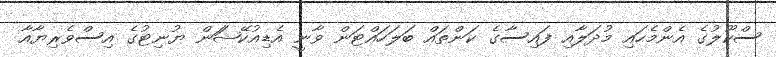
ސްކޫލުގެ އެންމެހައި މުދަލާއި ފައިސާގެ ކަންތައް ބަލަހައްޓަން ވާނީ އެޑިއުކޭޝަަން ޔުނިޓުގެ އިސްވެރިޔާއާ